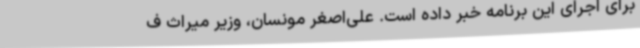
برای اجرای این برنامه خبر داده است. علی‌اصغر مونسان، وزیر میراث ف